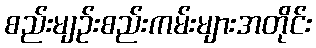
စည်းမျဉ်းစည်းကမ်းများအတိုင်း